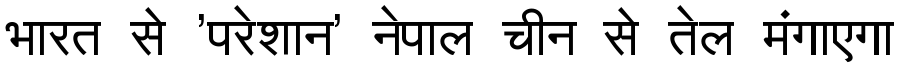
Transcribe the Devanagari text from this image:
भारत से 'परेशान' नेपाल चीन से तेल मंगाएगा